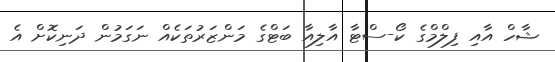
ޝާހް އާއި ފިލްމްގެ ކޯ-ސްޓާ އާލިއާ ބަޓްގެ މަންޒަރުތަކެއް ނަގަމުން ދަނިކޮށް އެ